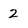
Character: 2